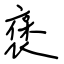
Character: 褒